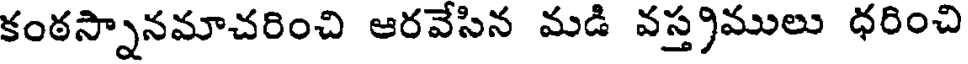
కంఠస్నానమాచరించి ఆరవేసిన మడి వస్త్రములు ధరించి